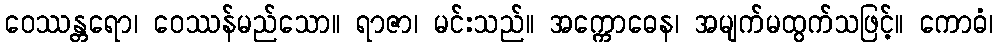
ဝေဿန္တရော၊ ဝေဿန်မည်သော။ ရာဇာ၊ မင်းသည်။ အက္ကောဓေန၊ အမျက်မထွက်သဖြင့်။ ကောဓံ၊